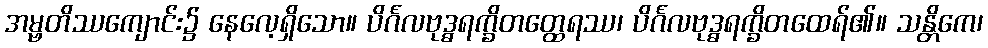
အမ္ဗတိဿကျောင်း၌ နေလေ့ရှိသော။ ပိင်္ဂလဗုဒ္ဓရက္ခိတတ္ထေရဿ၊ ပိင်္ဂလဗုဒ္ဓရက္ခိတထေရ်၏။ သန္တိကေ၊